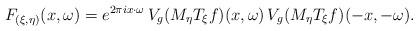
LaTeX: \begin{align*}F_{(\xi, \eta)}(x, \omega) = e^{2 \pi i x \cdot \omega} \, V_g (M_\eta T_\xi f)(x, \omega) \, V_g (M_\eta T_\xi f)(-x, -\omega).\end{align*}